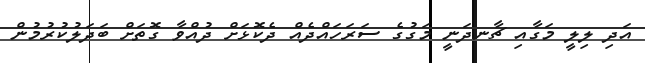
އަދި ލިލީ މަގާއި ޗާނދަނީ މަގުގެ ސަރަހައްދެއް ދެކޮޅަށް ދުއްވާ ގޮތަށް ބަދަލުކުރުމުން